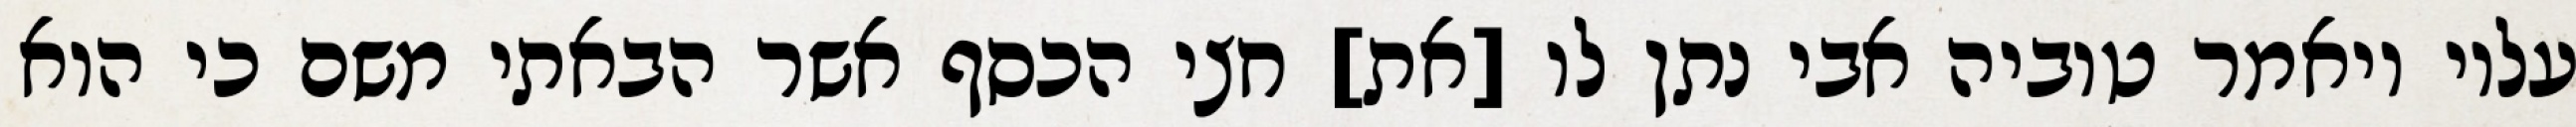
עליו ויאמר טוביה אבי נתן לו [את] חצי הכסף אשר הבאתי משם כי הוא